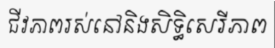
ជីវភាពរស់នៅនិងសិទ្ធិសេរីភាព